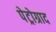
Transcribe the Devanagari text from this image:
पेट्रोग्राद